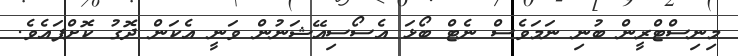
މިނިސްޓްރީން ބުނި ނަމަވެސް ނެޓް ބޯޅަ އެސޯސިއޭޝަނުން ވަނީ އެކަން ދޮގު ކޮށްފައެވެ.